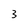
Character: 3